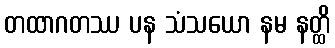
တထာဂတဿ ပန သံသယော နမ နတ္ထိ